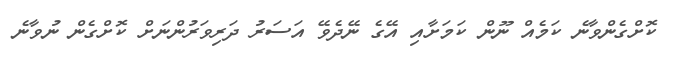
ކޮށްގެންވާނެ ކަމެއް ނޫން ކަމަށާއި އޭގެ ނޭދެވޭ އަސަރު ދަރިވަރުންނަށް ކޮށްގެން ނުވާނެ